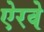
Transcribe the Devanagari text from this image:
ऐरवे